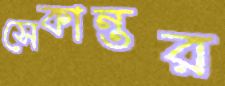
সেকান্তর